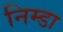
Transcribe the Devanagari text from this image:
निम्डा